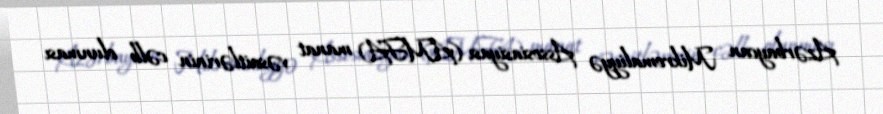
Azərbaycan Mikromaliyyə Assosiasiyası (AMFA) manat vəsaitlərinin cəlb olunması